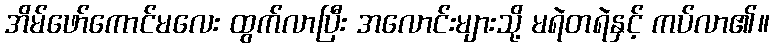
အိမ်ဖော်ကောင်မလေး ထွက်လာပြီး အလောင်းများသို့ မရဲတရဲနှင့် ကပ်လာ၏။